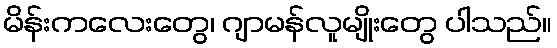
မိန်းကလေးတွေ၊ ဂျာမန်လူမျိုးတွေ ပါသည်။